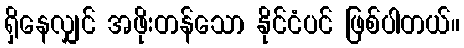
ရှိနေလျှင် အဖိုးတန်သော နိုင်ငံပင် ဖြစ်ပါတယ်။